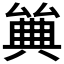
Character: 𠔰